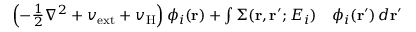
\begin{array} { r l } { \left( - \frac { 1 } { 2 } \nabla ^ { 2 } + v _ { \mathrm { e x t } } + v _ { \mathrm { H } } \right) \phi _ { i } ( \mathbf { r } ) + \int \Sigma ( \mathbf { r } , \mathbf { r } ^ { \prime } ; E _ { i } ) } & { { } \phi _ { i } ( \mathbf { r } ^ { \prime } ) \, d \mathbf { r } ^ { \prime } } \end{array}